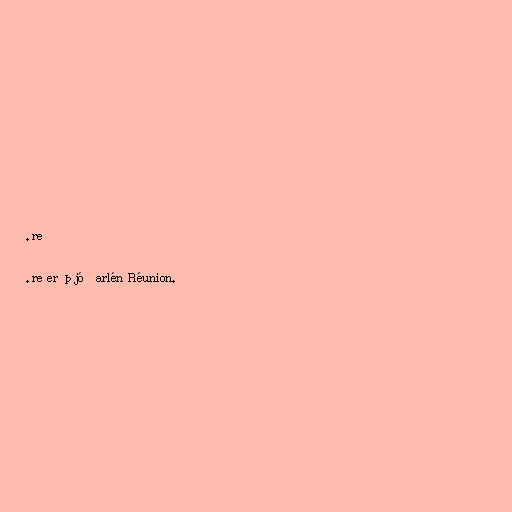
.re

.re er þjóðarlén Réunion.